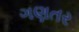
ગણતર